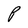
Character: P